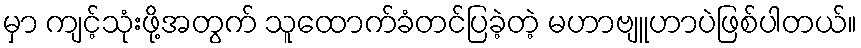
မှာ ကျင့်သုံးဖို့အတွက် သူထောက်ခံတင်ပြခဲ့တဲ့ မဟာဗျူဟာပဲဖြစ်ပါတယ်။